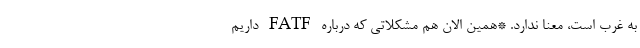
به غرب است، معنا ندارد. *همین الان هم مشکلاتی که درباره FATF داریم